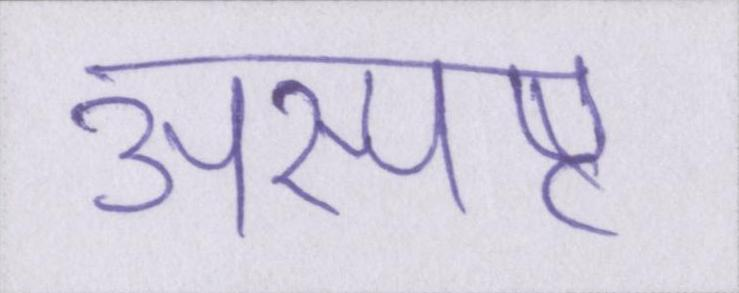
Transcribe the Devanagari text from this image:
अस्पष्ट